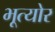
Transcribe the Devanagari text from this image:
भूत्योर